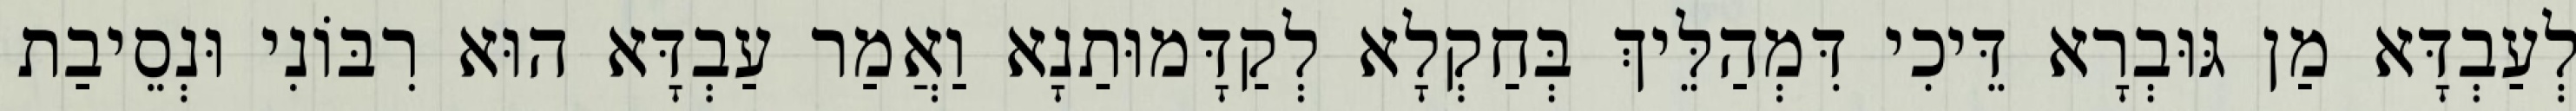
לְעַבְדָּא מַן גּוּבְרָא דֵּיכִי דִּמְהַלֵּיךְ בְּחַקְלָא לְקַדָּמוּתַנָא וַאֲמַר עַבְדָּא הוּא רִבּוֹנִי וּנְסֵיבַת